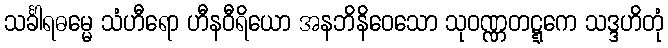
သင်္ခါရဓမ္မေ သံဟီရော ဟီနဝီရိယော အနဘိနိဝေသော သုဝဏ္ဏတဋ္ဋကေ သဒ္ဒဟိတုံ